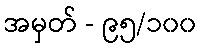
အမှတ် - ၉၅/၁၀၀